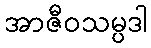
အာဇီဝသမ္ပဒါ